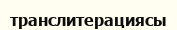
транслитерациясы